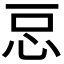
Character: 𭜓